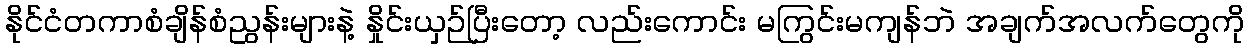
နိုင်ငံတကာစံချိန်စံညွန်းများနဲ့ နှိုင်းယှဉ်ပြီးတော့ လည်းကောင်း မကြွင်းမကျန်ဘဲ အချက်အလက်တွေကို